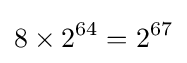
8\times 2^{64}=2^{67}